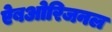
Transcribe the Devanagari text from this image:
ऐबओरिजनल